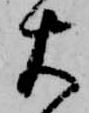
火